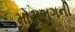
મોટાભગની